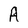
Character: A